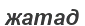
жатад